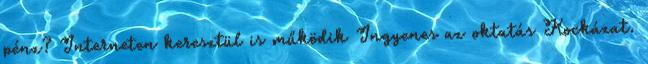
pénz? Interneten keresztül is működik Ingyenes az oktatás Kockázat.